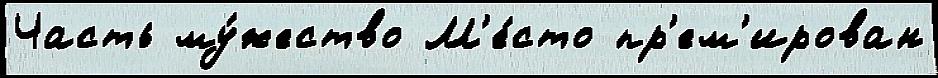
Часть му́жество М'е́сто пр'ем'ирован